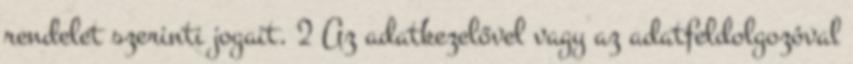
rendelet szerinti jogait. 2 Az adatkezelővel vagy az adatfeldolgozóval